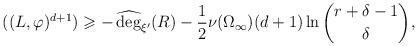
LaTeX: \begin{align*}((L,\varphi)^{d+1})\geqslant -\operatorname{\widehat{\deg}}_{\xi'}(R)-\frac 12\nu(\Omega_\infty)(d+1)\ln\binom{r+\delta-1}{\delta},\end{align*}